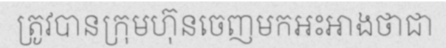
ត្រូវបានក្រុមហ៊ុនចេញមកអះអាងថាជា